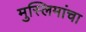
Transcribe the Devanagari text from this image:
मुस्लिमांचा